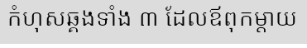
កំហុសឆ្គងទាំង ៣ ដែលឪពុកម្តាយ